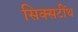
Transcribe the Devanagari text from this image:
सिक्सटींथ